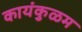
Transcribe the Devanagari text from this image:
कायंकुळम